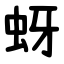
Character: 蚜